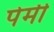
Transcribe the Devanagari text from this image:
पेर्मी